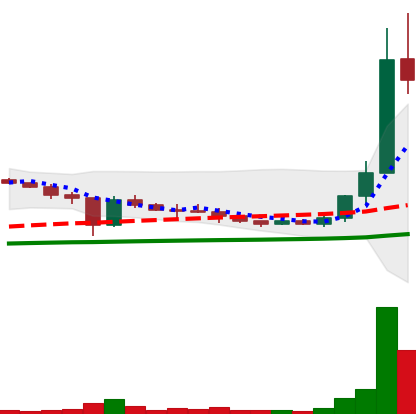
Ticker: XLM-USD
Chart end date: 2021-01-07
Forward return: -10.783%
Label: down_7plus